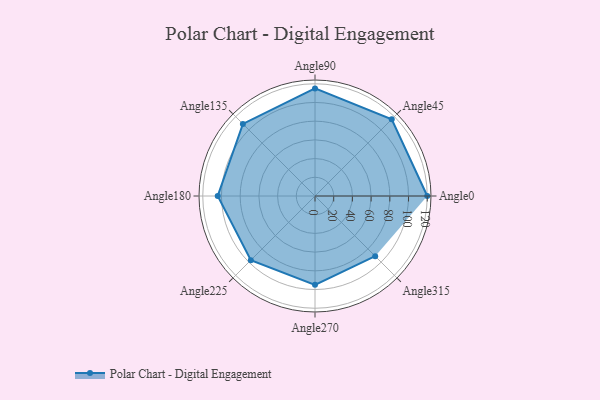
{"axis": {"x": "Angle", "y": "Radius"}, "legend": [""], "data": [{"x": "Angle0", "y": 120.0, "type": ""}, {"x": "Angle45", "y": 116.0, "type": ""}, {"x": "Angle90", "y": 115.0, "type": ""}, {"x": "Angle135", "y": 109.0, "type": ""}, {"x": "Angle180", "y": 104.0, "type": ""}, {"x": "Angle225", "y": 97.0, "type": ""}, {"x": "Angle270", "y": 95.0, "type": ""}, {"x": "Angle315", "y": 91.0, "type": ""}]}